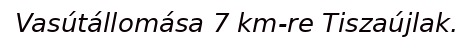
Vasútállomása 7 km-re Tiszaújlak.